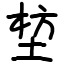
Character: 堏